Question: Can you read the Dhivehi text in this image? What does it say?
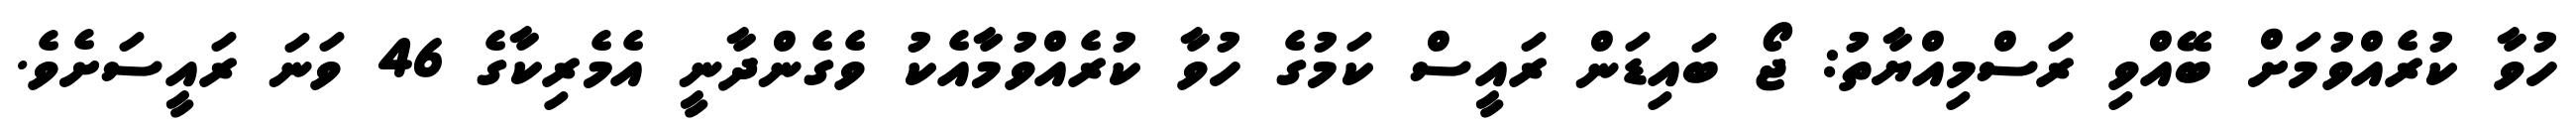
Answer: ހުވާ ކުރެއްވުމަށް ބޭއްވި ރަސްމިއްޔާތު: ޖޯ ބައިޑަން ރައީސް ކަމުގެ ހުވާ ކުރެއްވުމާއެކު ވެގެންދާނީ އެމެރިކާގެ 46 ވަނަ ރައީސަށެވެ.